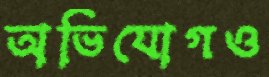
অভিযোগও